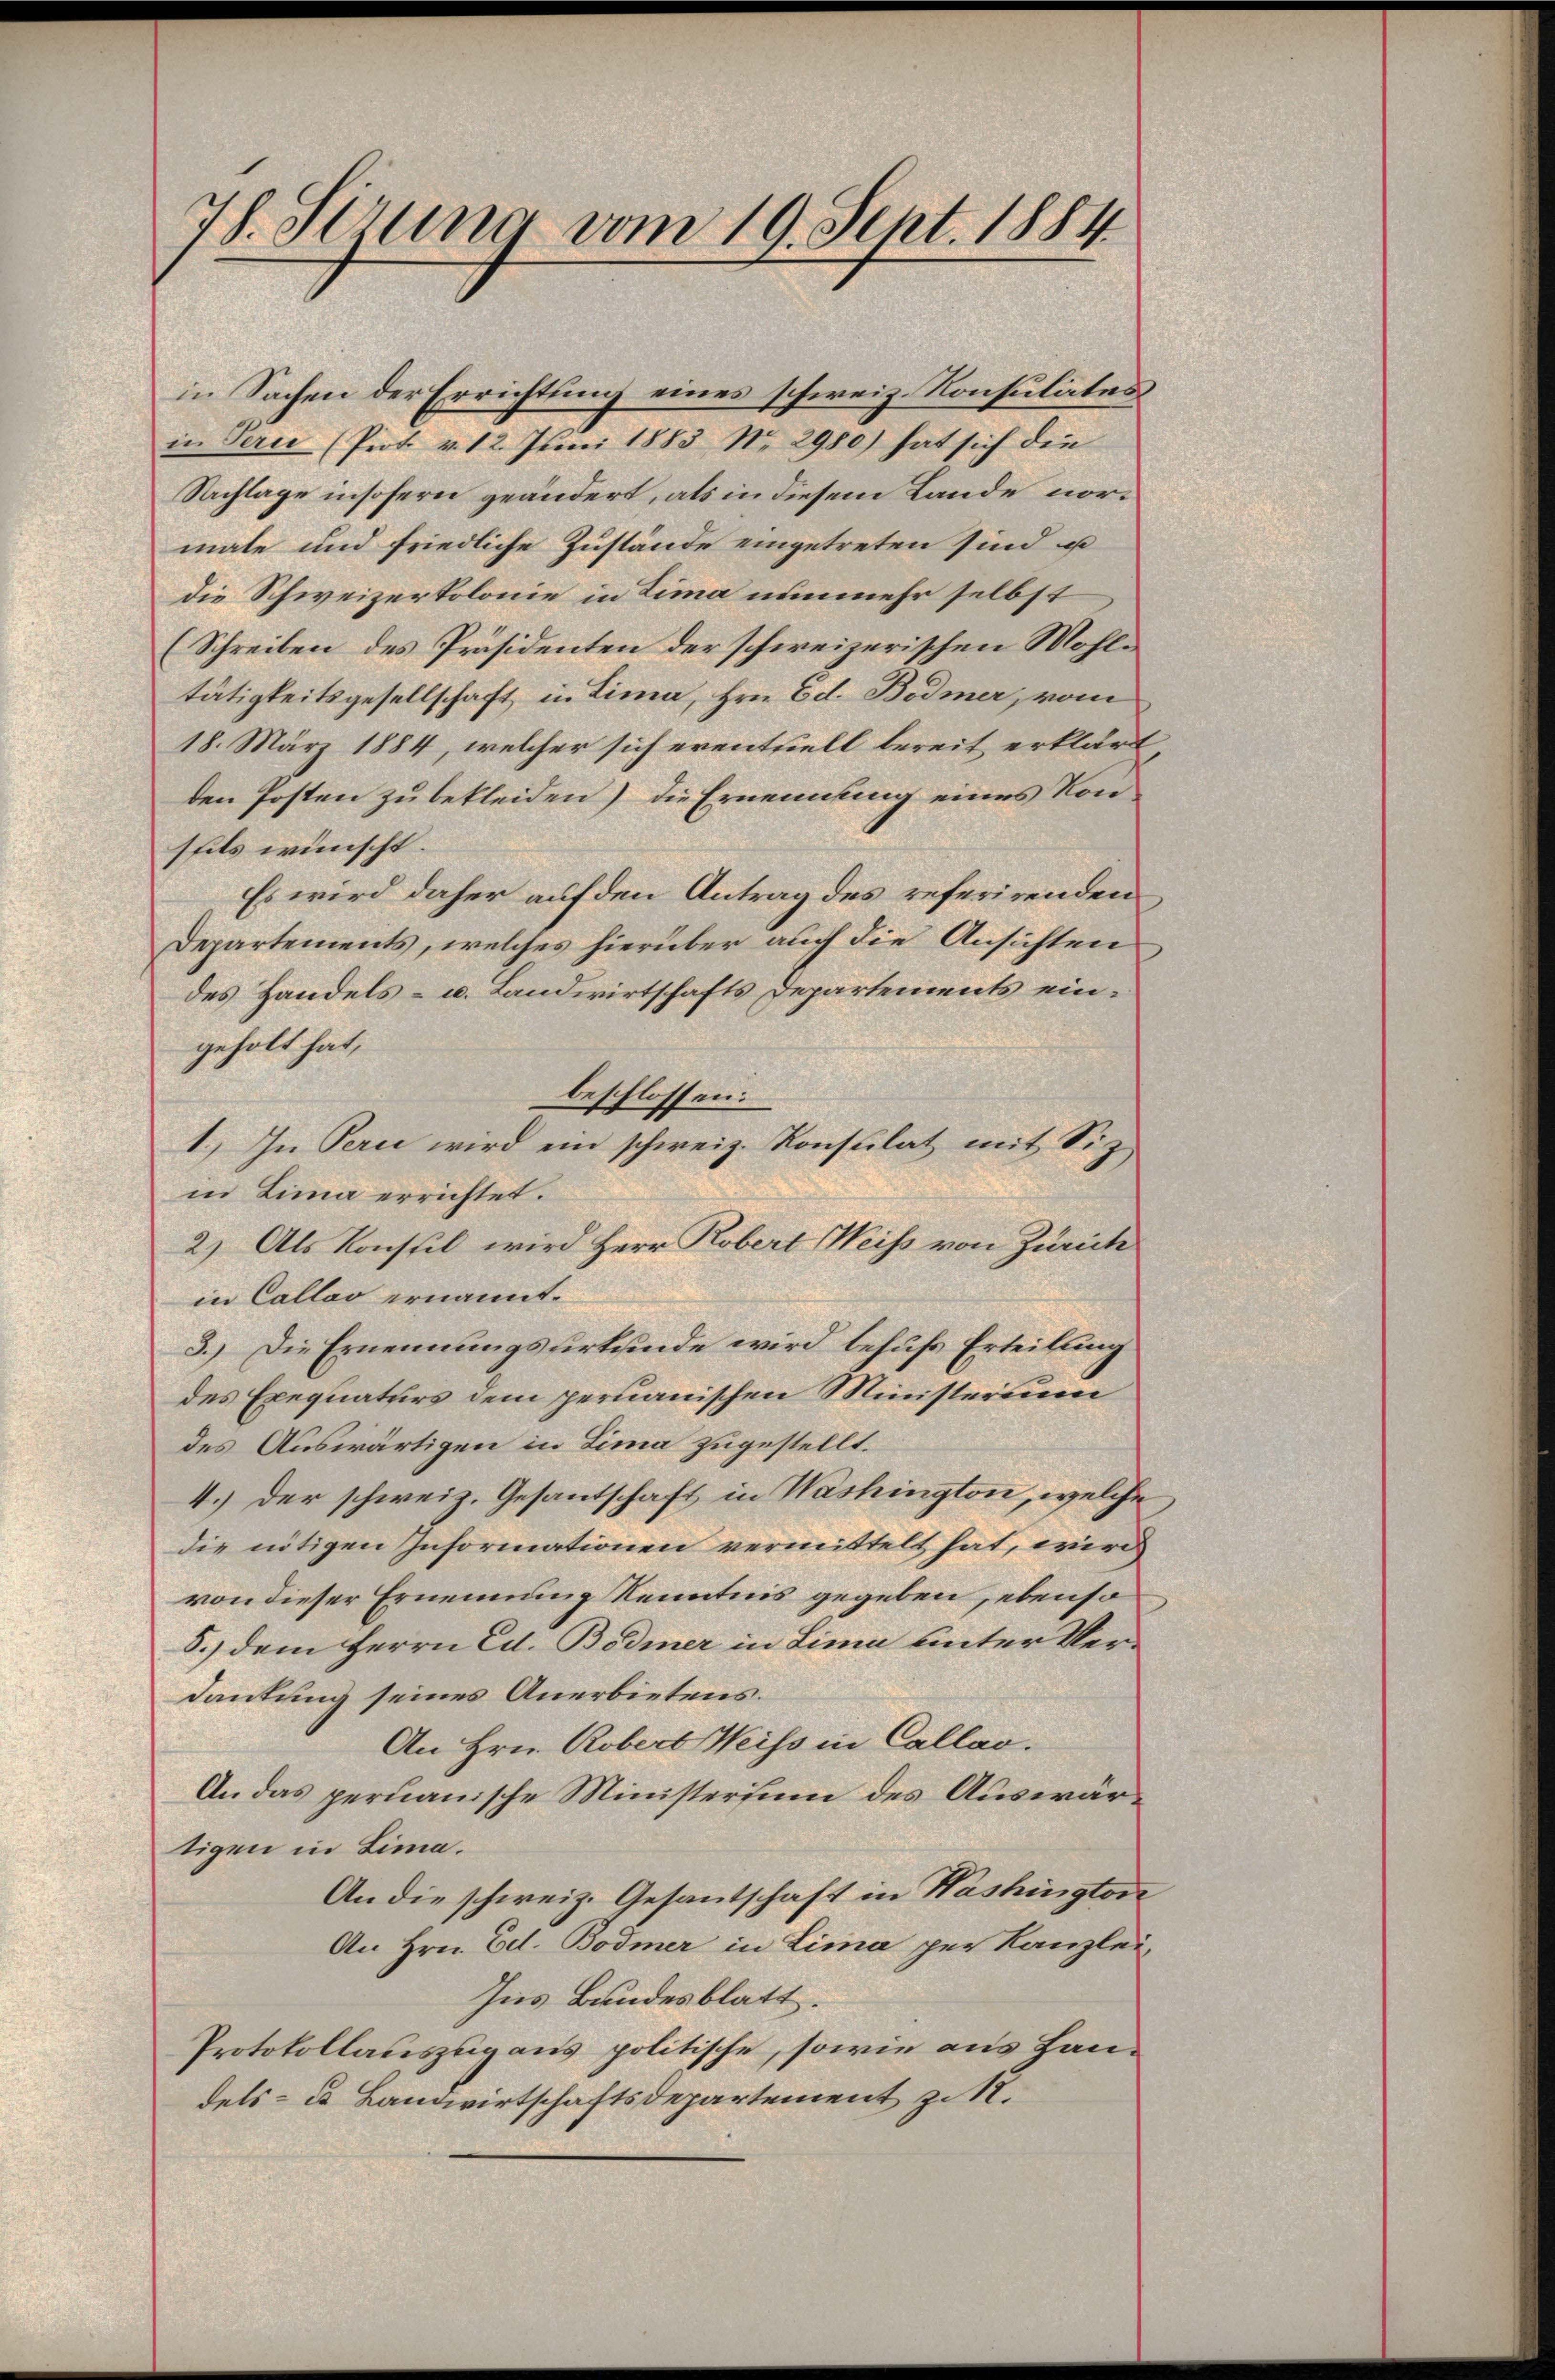
78. Sirung vom 19. Sept. 1884.

in Sachen der Errichtung eines schweiz. Konsulates
in Pern (Prot. v. 12. Juni 1883 No 2980) hat sich die
Nachlage insofern geändert, als in diesem Lande normale und friedliche Zustände eingetreten sind u
die Schweizerkolonie in Zima nunmehr selbst
(Schreiben des Präsidenten der schweizerischen Wohltätigkeitsgesellschaft in Lina, Hrn. Ed. Bodmer, vom
18. März 1884, welcher sich eventuell bereit erklärt,
den Posten zu bekleiden) die Ernennung eines Konffils wünscht.
Es wird daher auf den Antrag des referirenden
Departements, welches hierüber auch die Ansichten
des Handels- u. Landwirtschafts Departements eingeholt hat,
beschlossen:
1.) In Perce wird ein schweiz. Konsulat mit Siz
in Lina errichtet.
2) Als Konstil wird Herr Robert Weiss von Zürich
in Callas ernannt.
3.) Die Ernennungsurkunde wird behufs Erteilung
des Exequaturs dem peruanischen Ministerium
des Auswärtigen in Lima zugestellt.
4.) Der schweiz. Gesantschaft in Washington, welche
die nötigen Informationen vermittelt hat, wird
von dieser Ernennung Kenntnis gegeben, ebenso
5.) dem Herrn Ed. Bodmer in Lima unter Verdankung seines Anerbietens.
An Hrn. Robert Weiss in Callao.
An das peruanische Ministerium des Auswärtigen in Lima.
An die schweiz. Gesantschaft in Washington
An Hrn. Ed. Bodmer in Lima per Kanzlei
Ins Bundesblatt.
Protokollauszug aus politische, sowie aus Handels- u Landwirtschaftsdepartement z. R.